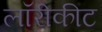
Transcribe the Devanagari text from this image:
लॉरीकीट